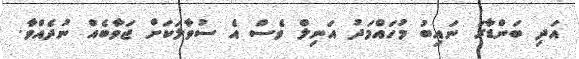
އަދި ބަންޑާރަ ނައިބު މުހައްމަދު އަނިލް ވެސް އެ ސުވާލަކަށް ޖަވާބެއް ނުދެއްވާ.